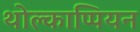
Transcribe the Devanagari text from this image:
थोल्काप्पियन